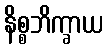
နိစ္စဘိက္ခာယ